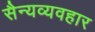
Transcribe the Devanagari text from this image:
सैन्यव्यवहार